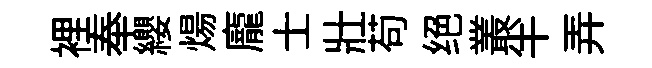
裡奉纓煬龐士壯苟绝叢半弄